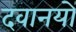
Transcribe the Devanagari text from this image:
दवानयों